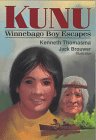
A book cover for Kunu: Winnebago Boy Escapes (Amazing Indian Children); Kenneth Thomasma; Children's Books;